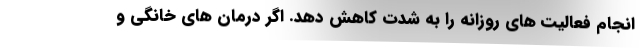
انجام فعالیت های روزانه را به شدت کاهش دهد. اگر درمان های خانگی و